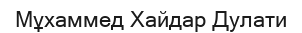
Мұхаммед Хайдар Дулати